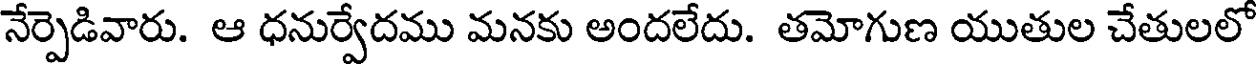
నేర్పెడివారు. ఆ ధనుర్వేదము మనకు అందలేదు. తమోగుణ యుతుల చేతులలో